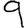
Digit: 9